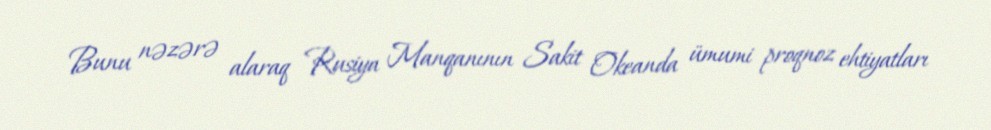
Bunu nəzərə alaraq Rusiya Manqanının Sakit Okeanda ümumi proqnoz ehtiyatları